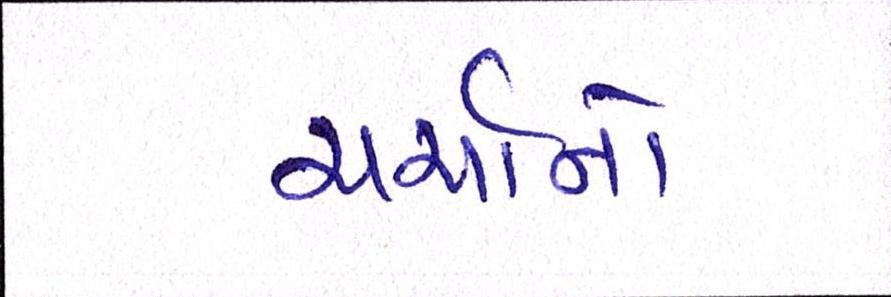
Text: ચર્ચાનો